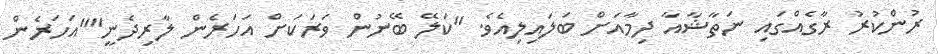
ރުންކުރު ރާގެއްގައި ނަތާޝާއާ ދިމާއަށް ބަލައިލިއެވެ. "ކަލޭ ބޭނުން ވަރަކަށް އަހަރެން ލާރިދެނީ""އަހަރެން